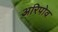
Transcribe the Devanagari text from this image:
अरिपोव